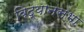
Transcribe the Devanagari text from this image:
विद्यानसभा